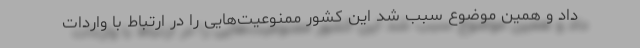
داد و همین موضوع سبب شد این کشور ممنوعیت‌هایی را در ارتباط با واردات